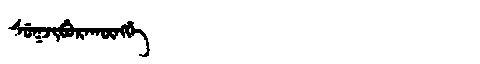
Manchu: ᠰᡠᡴᠵᡳᠪᡠᡵᠠᡴᡡᠩᡤᡝ
Romanization: SUKJIBURAKŪNGGE